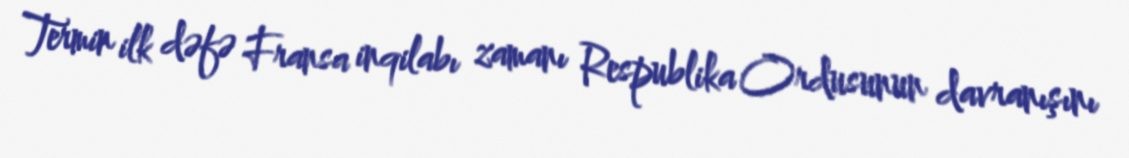
Termin ilk dəfə Fransa inqilabı zamanı Respublika Ordusunun davranışını